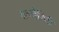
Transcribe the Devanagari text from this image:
वल्गैरिटी